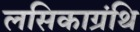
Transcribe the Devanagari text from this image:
लसिकाग्रंथि